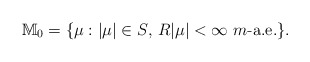
\begin{align*} \mathbb M_0=\{\mbox{$\mu:|\mu|\in S$,\,\,$R|\mu|<\infty$ $m$-a.e.}\}.\end{align*}